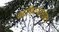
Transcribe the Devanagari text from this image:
काफिल्यासोबत